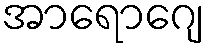
အာရောဂျေ